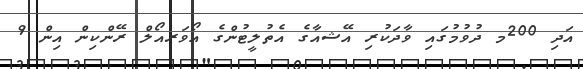
އަދި 200މ ދުވުމުގައި ވާދަކުރި އޭޝއާގެ އެތުލީޓުންގެ އޯވަރއޯލް ރޭންކިން އިން 9